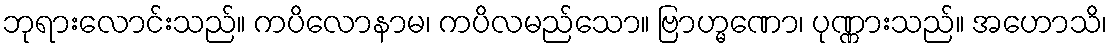
ဘုရားလောင်းသည်။ ကပိလောနာမ၊ ကပိလမည်သော။ ဗြာဟ္မဏော၊ ပုဏ္ဏားသည်။ အဟောသိ၊